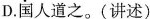
D.国人道之。(讲述)